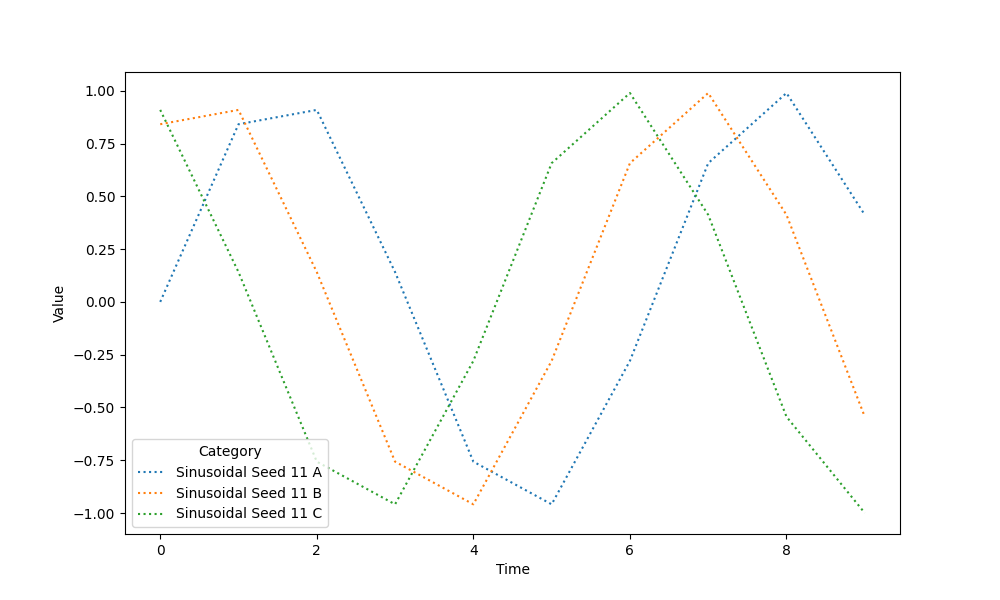
python, seaborn, lineplot, style='dotted', marker='None'